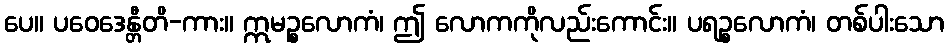
ပေ။ ပဝေဒေန္တီတိ-ကား။ ဣမဉ္စလောကံ၊ ဤ လောကကိုလည်းကောင်း။ ပရဉ္စလောကံ၊ တစ်ပါးသော